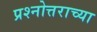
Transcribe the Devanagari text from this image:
प्रश्नोत्तराच्या